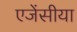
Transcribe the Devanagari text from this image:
एजेंसीया